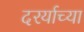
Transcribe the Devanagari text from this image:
दरर्याच्या